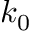
k _ { 0 }